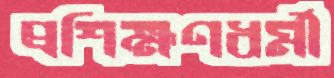
প্রশিক্ষণধর্মী